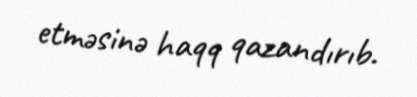
etməsinə haqq qazandırıb.